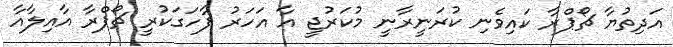
އަދިތުޔާ ޗޯޕްރާ ކައިވެނި ކުރަނީރާނީ މުކަރުޖީ އާ އަހަރު ފާހަގަކުރީ ޗޯޕްރާ އާއިލާއާ